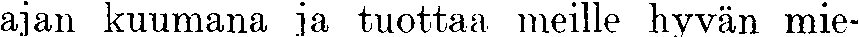
ajan kuumana ja tuottaa meille hyvän mie-